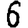
Digit: 6